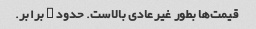
قیمت‌ها بطور غیرعادی بالاست. حدود ۳ برابر.